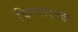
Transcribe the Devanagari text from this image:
चिलटाएवढा